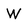
Character: W